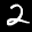
Label: 2